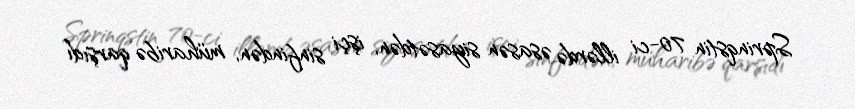
Sprinqstin 70-ci illərdə əsasən siyasətdən, işçi sinfindən, müharibə qarşıdı